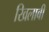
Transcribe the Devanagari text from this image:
खिलाबी